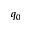
q _ { 0 }